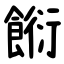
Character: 餰